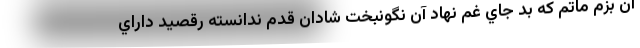
آن بزم ماتم كه بد جاي غم نهاد آن نگونبخت شادان قدم ندانسته رقصيد داراي